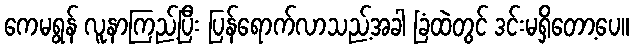
ကေမရွန် လူနာကြည့်ပြီး ပြန်ရောက်လာသည့်အခါ ခြံထဲတွင် ဒင်းမရှိတော့ပေ။